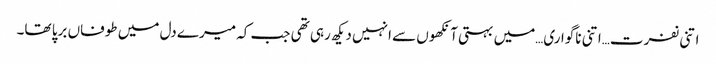
اتنی نفرت…اتنی ناگواری…میں بہتی آنکھوں سے انہیں دیکھ رہی تھی جب کہ میرے دل میں طوفاں برپا تھا۔